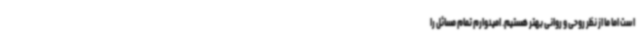
است اما ما از نظر روحی و روانی بهتر هستیم. امیدوارم تمام مسائل را